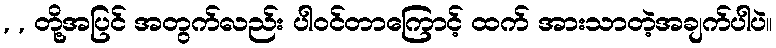
, , တို့အပြင် အတွက်လည်း ပါ၀င်တာကြောင့် ထက် အားသာတဲ့အချက်ပါပဲ။